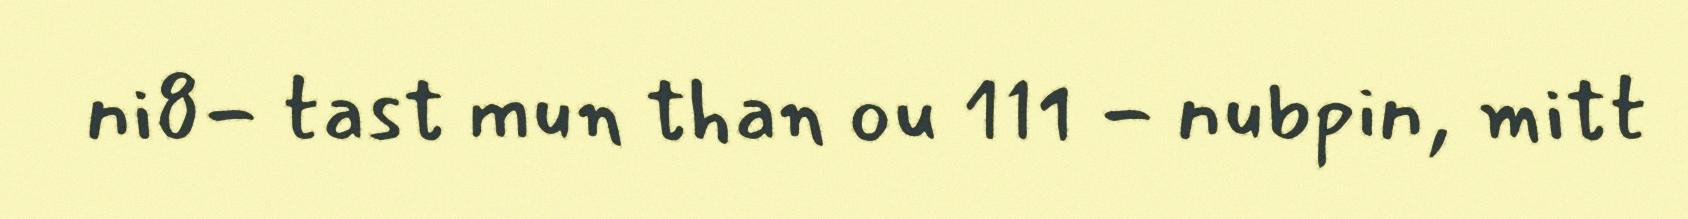
ni8- tast mun than ou 111 - nubpin, mitt